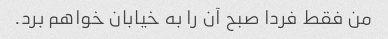
من فقط فردا صبح آن را به خیابان خواهم برد.